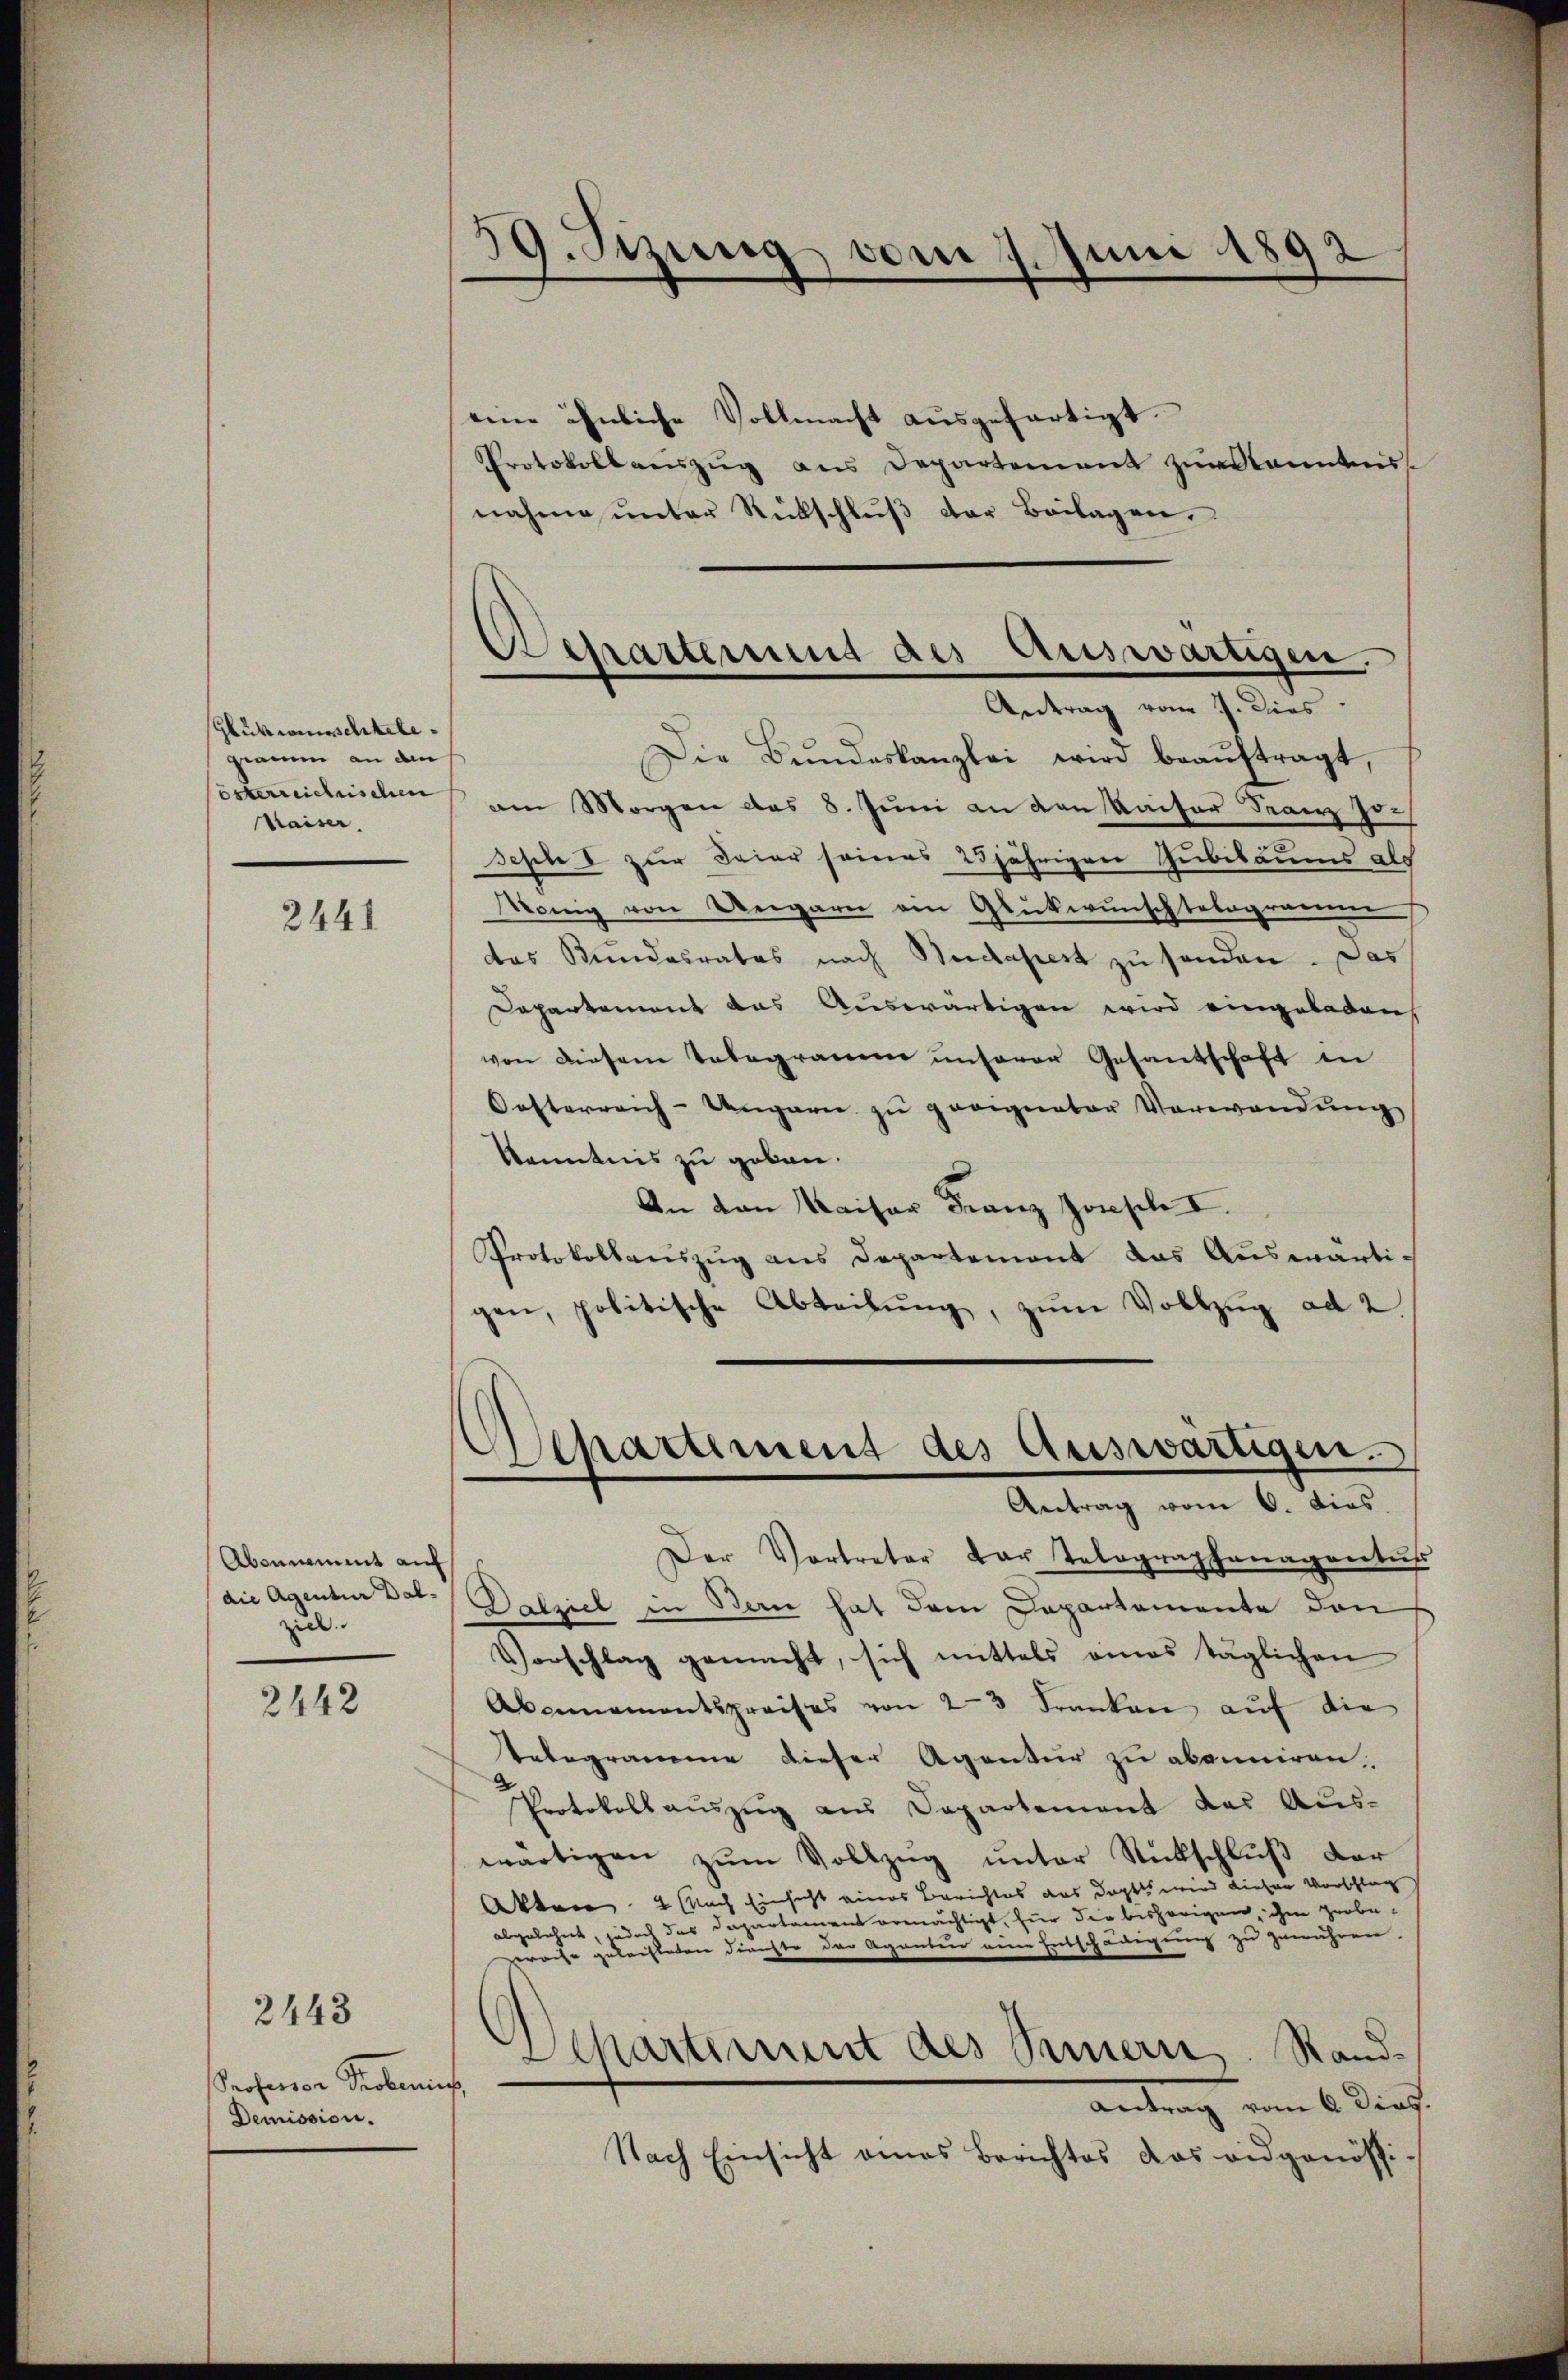
Glukromischtele
gramm an den
österreichnischen
kraiser.

2441

Abonnement auf
die Agentur Balziel

2442

Professor Proberin
Demission.

eine ähnliche Vollmacht aŭsgefertigt.
Protokollauszug aus Departement zur kanntens
nahme unter Rückschlŭβ der Beilagen.

59. Sitzung vom 7. Juni 1892

Antrag vom 7. Dies
Die Bŭndeskanzlei wird beaŭftragt,
am Morgen das 8. Jŭni an an Kaiser Franz zr.
Sehu I zur Feier seines 25jährigen Gubiläums als
Monig von Ungarn am Glückwunschtelogramm s
das Kundesrates nach Budapest zu sonden. Das
Dapartement das Auswärtigen wird eingeladen
von diesem Telegramm unserer Gesantschaft in
Oesterreich-Ungarn zŭ proigneter Verwandŭng
kenntnis zu geben.
An von Kaiser Franz Joseph I.
Protokollauszug aus Departement das Auswärti-
gen, politische Abteilŭng, zŭm Vollzŭg ad 2
Der Vortreter der Telegraphenagentus
Dabziel in Bern hat dem Departemente den
Vorschlag gemacht, sich mittels eines täglichen
Abannamentspreises von 23 Franken aŭf die
Telegramme dieser Agentur zu abonniren.
Protokollauszug aus Departement das Aus-
wärtigen zŭm Vollzug unter Rückschluß der
Akten 2 Nach Einsicht eines Berichtes aus dort wird dieser Vorschlag
abgelehnt, jedoch das Departament ermächtigt, für die bisherigen, ihm grobeerache gelachteten Feuchte der Agantur eine Entschädigung zu gewähren,
Departiment des Sinnern. Stand¬
,
Antrag vom 6. Dies.
Nach Einsicht eines Berichtes das eidgenössi-

Departerung des Auswärtigen.

Separtement des Auswärtigen.